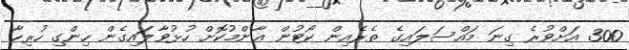
300 އަށްވުރެ ގިނަ މައްސަލައިގެ ތެރެއިން ކޯޓުން ޢާންމުކޮށް ހުޅުވާލައިގެން ހިންގި ހުރިހާ